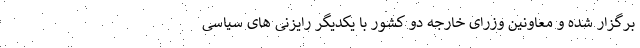
برگزار شده و معاونین وزرای خارجه دو کشور با یکدیگر رایزنی های سیاسی